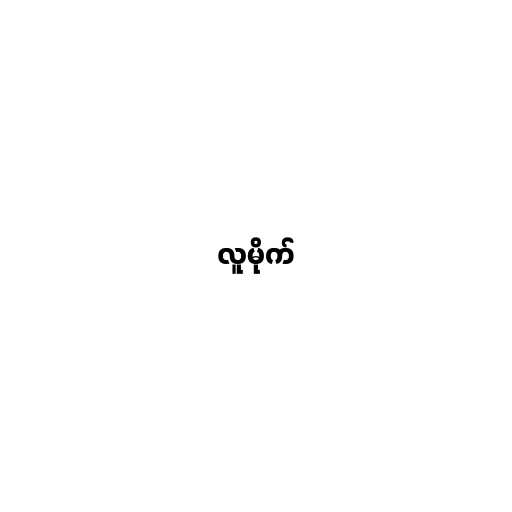
လူမိုက်